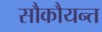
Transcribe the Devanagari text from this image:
सौकौयन्त